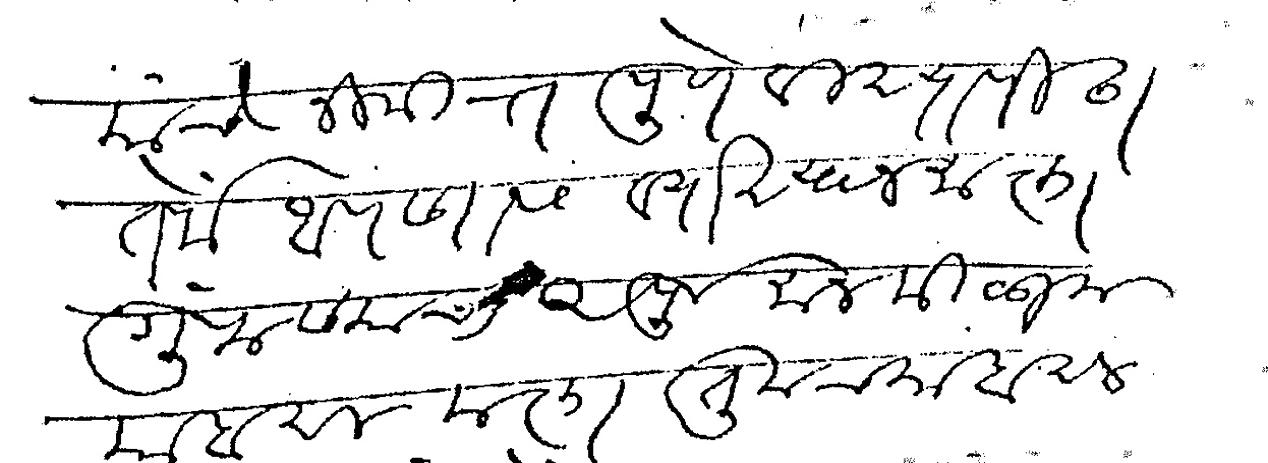
Transliteration (Devanagari): यांचेनिमित्त पुणे विद्यापीठा तर्फे आपणास व्याख्यानमाला गुंफण्याचा अपूर्व मान मिळाला